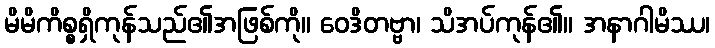
မိမိကိစ္စရှိကုန်သည်၏အဖြစ်ကို။ ဝေဒိတဗ္ဗာ၊ သိအပ်ကုန်၏။ အနာဂါမိဿ၊